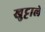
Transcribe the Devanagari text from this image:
खुट्टाले